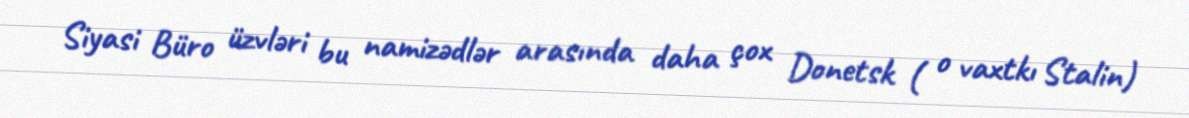
Siyasi Büro üzvləri bu namizədlər arasında daha çox Donetsk ( o vaxtkı Stalin)